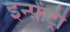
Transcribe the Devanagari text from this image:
इन्फ़ेंट्री